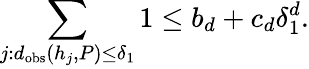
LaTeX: \sum_{j:d_{\mathrm{obs}}(h_{j},P)\leq\delta_{1}}1\leq b_{d}+c_{d}\delta_{1}^{d}.